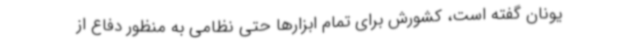
یونان گفته است، کشورش برای تمام ابزارها حتی نظامی به منظور دفاع از